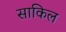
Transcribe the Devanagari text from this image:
साकिल